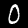
Digit: 0